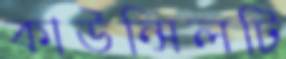
কাউন্সিলটি